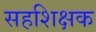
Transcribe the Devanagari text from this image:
सहशिक्षक